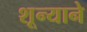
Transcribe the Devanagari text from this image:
शून्याने